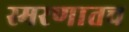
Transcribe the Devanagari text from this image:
स्मरणातच